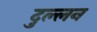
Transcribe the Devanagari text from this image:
दुल्लन